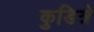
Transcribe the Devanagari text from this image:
कुडित्रे